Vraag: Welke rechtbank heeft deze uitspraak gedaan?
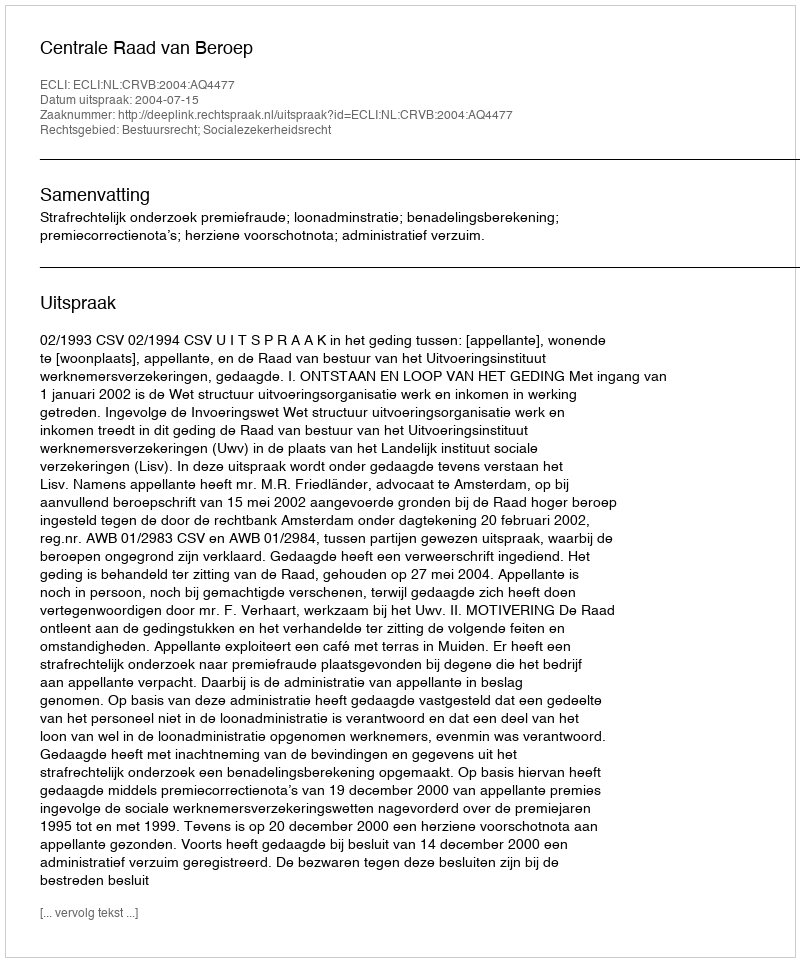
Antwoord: Centrale Raad van Beroep